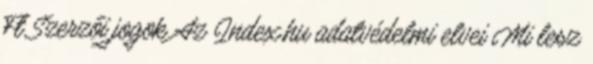
Ft Szerzői jogok Az Index.hu adatvédelmi elvei Mi lesz